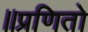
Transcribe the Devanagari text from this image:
॥प्रणितो